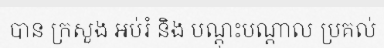
បាន ក្រសួង អប់រំ និង បណ្តុះបណ្តាល ប្រគល់